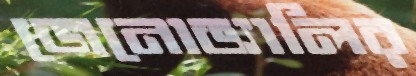
জেনোভ্যালির